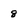
Character: 8